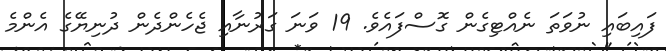
ފައިބައި ނުވަތަ ނެއްޓިގެން ގޮސްފައެވެ. 19 ވަނަ ގަރުނާއި ޖެހެންދެން ދުނިޔޭގެ އެންމެ